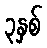
၃နှစ်